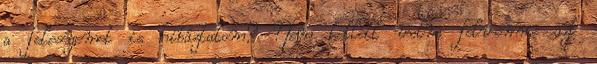
a feleségemet is hibáztatom? Nem kellett volna felvennie azt